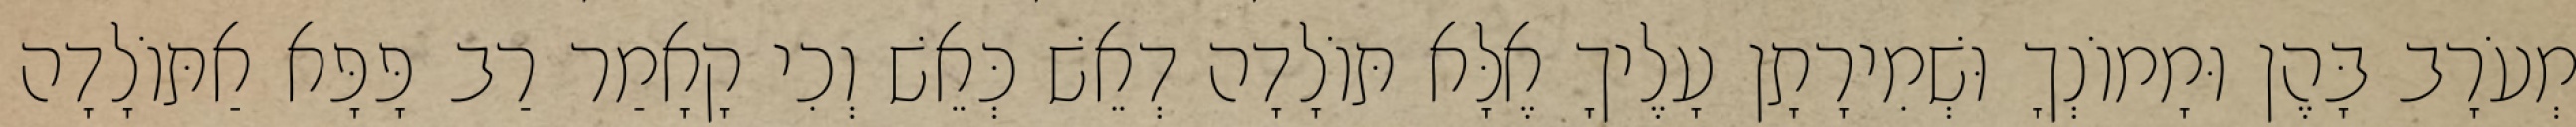
מְעֹרָב בָּהֶן וּמָמוֹנְךָ וּשְׁמִירָתָן עָלֶיךָ אֶלָּא תּוֹלָדָה דְאֵשׁ כְּאֵשׁ וְכִי קָאָמַר רַב פָּפָּא אַתּוֹלָדָה